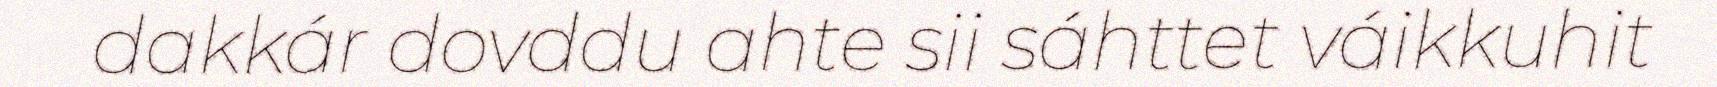
dakkár dovddu ahte sii sáhttet váikkuhit